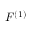
F ^ { ( 1 ) }